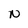
Character: N